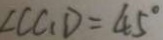
\angle C C _ { 1 } D = 4 5 ^ { \circ }